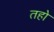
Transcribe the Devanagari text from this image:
तहो